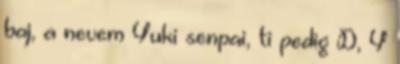
baj, a nevem Yuki senpai, ti pedig D, Y